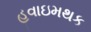
હવાઇમથક